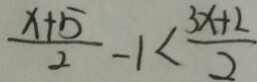
\frac { x + 5 } { 2 } - 1 < \frac { 3 x + 2 } { 2 }